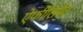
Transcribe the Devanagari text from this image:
ऐफीलिऐट